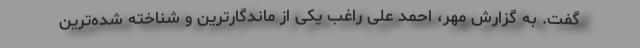
گفت. به گزارش مهر، احمد علی راغب یکی از ماندگارترین و شناخته شده‌ترین